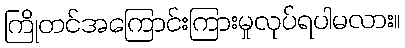
ကြိုတင်အကြောင်းကြားမှုလုပ်ရပါမလား။